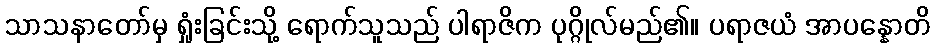
သာသနာတော်မှ ရှုံးခြင်းသို့ ရောက်သူသည် ပါရာဇိက ပုဂ္ဂိုလ်မည်၏။ ပရာဇယံ အာပန္နောတိ